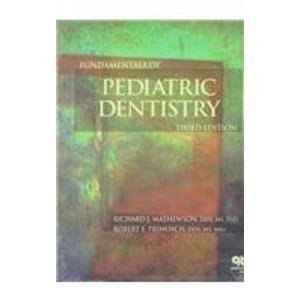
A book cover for Fundamentals of Pediatric Dentistry; Richard J. Mathewson; Medical Books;